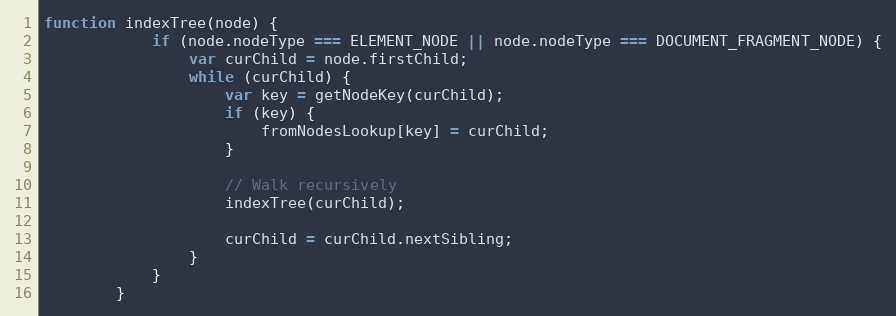
Language: JavaScript
function indexTree(node) {
            if (node.nodeType === ELEMENT_NODE || node.nodeType === DOCUMENT_FRAGMENT_NODE) {
                var curChild = node.firstChild;
                while (curChild) {
                    var key = getNodeKey(curChild);
                    if (key) {
                        fromNodesLookup[key] = curChild;
                    }

                    // Walk recursively
                    indexTree(curChild);

                    curChild = curChild.nextSibling;
                }
            }
        }